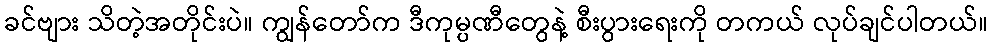
ခင်ဗျား သိတဲ့အတိုင်းပဲ။ ကျွန်တော်က ဒီကုမ္ပဏီတွေနဲ့ စီးပွားရေးကို တကယ် လုပ်ချင်ပါတယ်။